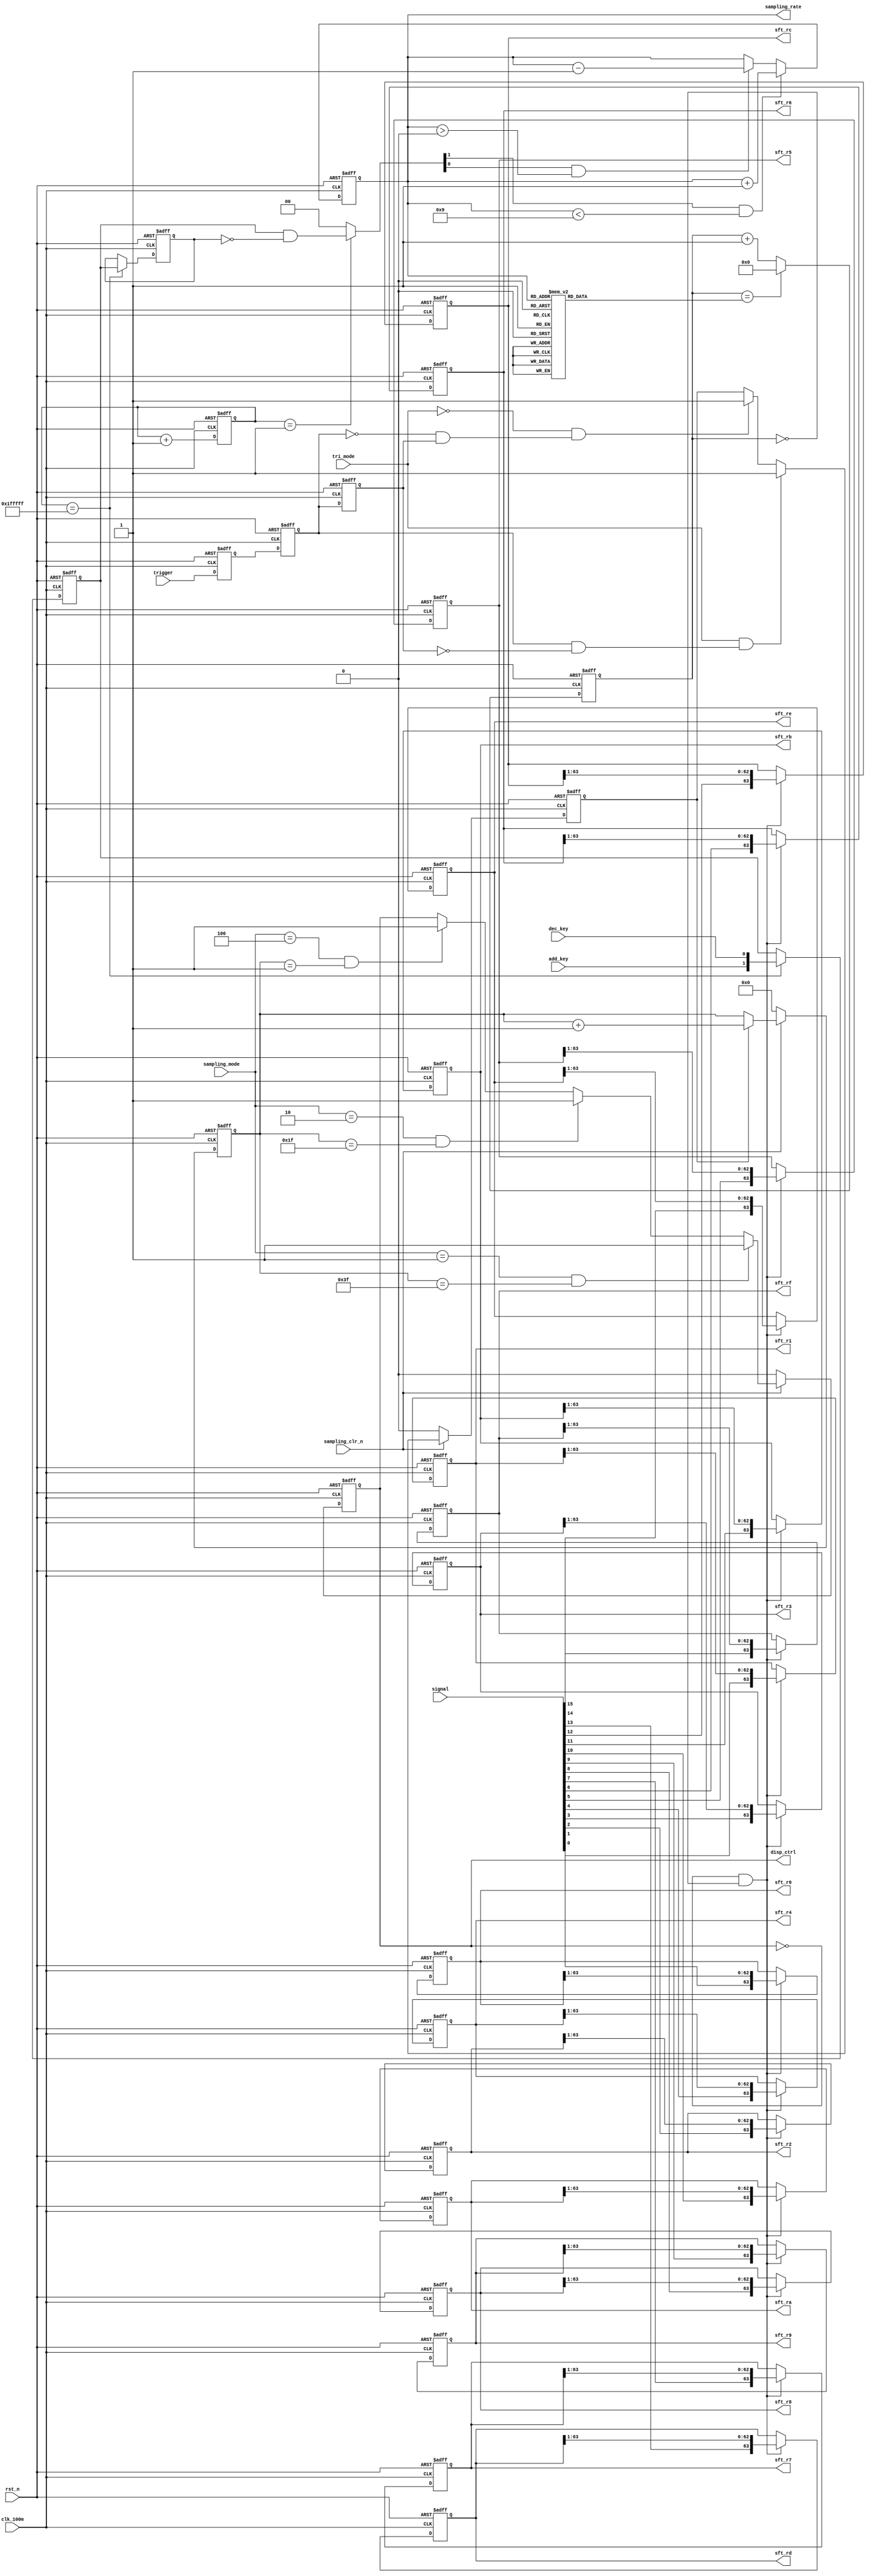
`timescale 1ns / 1ps
////////////////////////////////////////////////////////////////////////////////
// Company		: 
// Design Name	: 
// Module Name	: sampling_ctrl
// Project Name	: logic_analysis
// Target Device: Cyclone EP1C3T144C8
// Tool versions: Quartus II 8.1
// Description	: DIY
//					
// Revision		: V1.0
// Additional Comments	:  
//				
////////////////////////////////////////////////////////////////////////////////
module sampling_ctrl(
				clk_100m,rst_n,
				signal,trigger,
				tri_mode,sampling_mode,add_key,dec_key,sampling_clr_n,
				disp_ctrl,sampling_rate,
				sft_r0,sft_r1,sft_r2,sft_r3,sft_r4,sft_r5,sft_r6,sft_r7,
				sft_r8,sft_r9,sft_ra,sft_rb,sft_rc,sft_rd,sft_re,sft_rf
			);

input clk_100m;	//FPAG100MHz
input rst_n;	//

input[15:0] signal;	//16
input trigger;		//1
input tri_mode;		//1--0--
input[2:0] sampling_mode;	//,mode[0]--MODE1mode[1]--MODE2mode[2]--MODE3
input add_key;		//
input dec_key;		//
input sampling_clr_n;		//

output disp_ctrl;			//VGA
output[3:0] sampling_rate;	//0-100M1-50M9-10K
output[63:0] sft_r0;		//0,VGA
output[63:0] sft_r1;		//1,VGA
output[63:0] sft_r2;		//2,VGA
output[63:0] sft_r3;		//3,VGA
output[63:0] sft_r4;		//4,VGA
output[63:0] sft_r5;		//5,VGA
output[63:0] sft_r6;		//6,VGA
output[63:0] sft_r7;		//7,VGA
output[63:0] sft_r8;		//8,VGA
output[63:0] sft_r9;		//9,VGA
output[63:0] sft_ra;		//a,VGA
output[63:0] sft_rb;		//b,VGA
output[63:0] sft_rc;		//c,VGA
output[63:0] sft_rd;		//d,VGA
output[63:0] sft_re;		//e,VGA
output[63:0] sft_rf;		//f,VGA

wire sampling_start;			//
//wire[3:0] shiftout;		//,()

//----------------------------------------------
//
reg[20:0] delay;	//
reg[1:0] key_valuer1,key_valuer2;	//,20ms
wire[1:0] key_change;	//20mskey_change

	//20ms
always @ (posedge clk_100m or negedge rst_n)
	if(!rst_n) delay <= 21'd0;
	else delay <= delay+1'b1;	//20ms

	//20ms
always @ (posedge clk_100m or negedge rst_n)
	if(!rst_n) begin
			key_valuer1 <= 2'b11;	
			key_valuer2 <= 2'b11;
		end
	else if(delay == 21'h1fffff) begin
			key_valuer1 <= {add_key,dec_key};	//delay 20ms
			key_valuer2 <= key_valuer1;
		end

assign key_change = (delay == 21'd1) ? (key_valuer1 & (~key_valuer2)) : 2'b00;//check key_value negedge 1 clk_100m

//----------------------------------------------
//
/*	PLL_c0 = 100MHz
	 10
	100M	50M		25M		10M		2M		1M		500K	200K	100K	10K
	10ns	20ns	40ns	100ns	500ns	1us		2us		5us		10us	100us
	0		1		3		9		49		99		199		499		999		9999
	PLL_c0
*/
reg[13:0] sapdiv_cnt;	// 0-9999
reg[3:0] sampling_rate;	//0-100M1-50M9-10K
reg[13:0] sapdiv_max;	//
wire sapdiv_end;		//

	//
always @(posedge clk_100m or negedge rst_n)
	if(!rst_n) sampling_rate <= 4'd0;
	else if(key_change[1] && (sampling_rate < 4'd9)) sampling_rate <= sampling_rate+1'b1;	//9
	else if(key_change[0] && (sampling_rate > 4'd0)) sampling_rate <= sampling_rate-1'b1;	//0

	//
always @(sampling_rate)
		case(sampling_rate)
			4'd0: sapdiv_max <= 14'd0;
			4'd1: sapdiv_max <= 14'd1;
			4'd2: sapdiv_max <= 14'd3;
			4'd3: sapdiv_max <= 14'd9; 
			4'd4: sapdiv_max <= 14'd49; 
			4'd5: sapdiv_max <= 14'd99; 
			4'd6: sapdiv_max <= 14'd199; 
			4'd7: sapdiv_max <= 14'd499; 
			4'd8: sapdiv_max <= 14'd999; 
			4'd9: sapdiv_max <= 14'd9999; 
			default: sapdiv_max <= 14'd0;
			endcase
			
	//
always @(posedge clk_100m or negedge rst_n)
	if(!rst_n) sapdiv_cnt <= 14'd0;
	else if(sapdiv_cnt == sapdiv_max) sapdiv_cnt <= 14'd0;	//
	else sapdiv_cnt <= sapdiv_cnt+1'b1; 	

assign sapdiv_end = (sapdiv_cnt == 14'd0);	//

//----------------------------------------------
//64*16
reg[63:0] sft_r0;		//0
reg[63:0] sft_r1;		//1
reg[63:0] sft_r2;		//2
reg[63:0] sft_r3;		//3
reg[63:0] sft_r4;		//4
reg[63:0] sft_r5;		//5
reg[63:0] sft_r6;		//6
reg[63:0] sft_r7;		//7
reg[63:0] sft_r8;		//8
reg[63:0] sft_r9;		//9
reg[63:0] sft_ra;		//a
reg[63:0] sft_rb;		//b
reg[63:0] sft_rc;		//c
reg[63:0] sft_rd;		//d
reg[63:0] sft_re;		//e
reg[63:0] sft_rf;		//f

//signal[0]
always @(posedge clk_100m or negedge rst_n)
	if(!rst_n) sft_r0 <= 64'd0;
	else if(sampling_start) sft_r0 <= {signal[0],sft_r0[63:1]};	//
//signal[1]
always @(posedge clk_100m or negedge rst_n)
	if(!rst_n) sft_r1 <= 64'd0;
	else if(sampling_start) sft_r1 <= {signal[1],sft_r1[63:1]};	//
//signal[2]	
always @(posedge clk_100m or negedge rst_n)
	if(!rst_n) sft_r2 <= 64'd0;
	else if(sampling_start) sft_r2 <= {signal[2],sft_r2[63:1]};	//
//signal[3]
always @(posedge clk_100m or negedge rst_n)
	if(!rst_n) sft_r3 <= 64'd0;
	else if(sampling_start) sft_r3 <= {signal[3],sft_r3[63:1]};	//		
//signal[4]
always @(posedge clk_100m or negedge rst_n)
	if(!rst_n) sft_r4 <= 64'd0;
	else if(sampling_start) sft_r4 <= {signal[4],sft_r4[63:1]};	//		
//signal[5]
always @(posedge clk_100m or negedge rst_n)
	if(!rst_n) sft_r5 <= 64'd0;
	else if(sampling_start) sft_r5 <= {signal[5],sft_r5[63:1]};	//
//signal[6]
always @(posedge clk_100m or negedge rst_n)
	if(!rst_n) sft_r6 <= 64'd0;
	else if(sampling_start) sft_r6 <= {signal[6],sft_r6[63:1]};	//
//signal[7]
always @(posedge clk_100m or negedge rst_n)
	if(!rst_n) sft_r7 <= 64'd0;
	else if(sampling_start) sft_r7 <= {signal[7],sft_r7[63:1]};	//
//signal[8]
always @(posedge clk_100m or negedge rst_n)
	if(!rst_n) sft_r8 <= 64'd0;
	else if(sampling_start) sft_r8 <= {signal[8],sft_r8[63:1]};	//
//signal[9]
always @(posedge clk_100m or negedge rst_n)
	if(!rst_n) sft_r9 <= 64'd0;
	else if(sampling_start) sft_r9 <= {signal[9],sft_r9[63:1]};	//
//signal[10]
always @(posedge clk_100m or negedge rst_n)
	if(!rst_n) sft_ra <= 64'd0;
	else if(sampling_start) sft_ra <= {signal[10],sft_ra[63:1]};	//
//signal[11]
always @(posedge clk_100m or negedge rst_n)
	if(!rst_n) sft_rb <= 64'd0;
	else if(sampling_start) sft_rb <= {signal[11],sft_rb[63:1]};	//
//signal[12]
always @(posedge clk_100m or negedge rst_n)
	if(!rst_n) sft_rc <= 64'd0;
	else if(sampling_start) sft_rc <= {signal[12],sft_rc[63:1]};	//
//signal[13]
always @(posedge clk_100m or negedge rst_n)
	if(!rst_n) sft_rd <= 64'd0;
	else if(sampling_start) sft_rd <= {signal[13],sft_rd[63:1]};	//
//signal[14]
always @(posedge clk_100m or negedge rst_n)
	if(!rst_n) sft_re <= 64'd0;
	else if(sampling_start) sft_re <= {signal[14],sft_re[63:1]};	//
//signal[15]
always @(posedge clk_100m or negedge rst_n)
	if(!rst_n) sft_rf <= 64'd0;
	else if(sampling_start) sft_rf <= {signal[15],sft_rf[63:1]};	//
		
//----------------------------------------------
//trigger
reg trigger_r1,trigger_r2,trigger_r3;
wire pos_tri;	//trigger
wire neg_tri;	//trigger

always @(posedge clk_100m or negedge rst_n) 
	if(!rst_n) begin
		trigger_r1 <= 1'b0;
		trigger_r2 <= 1'b0;
		trigger_r3 <= 1'b0;
		end
	else begin
		trigger_r1 <= trigger;
		trigger_r2 <= trigger_r1;
		trigger_r3 <= trigger_r2;
		end

assign pos_tri = trigger_r2 & ~trigger_r3;
assign neg_tri = ~trigger_r2 & trigger_r3;

//----------------------------------------------
//trigger_valid
reg trigger_valid;	//,

always @(posedge clk_100m or negedge rst_n)
	if(!rst_n) trigger_valid <= 1'b0;
	else if(!sampling_clr_n) trigger_valid <= 1'b0;			//
	else if(tri_mode && pos_tri) trigger_valid <= 1'b1;		//
	else if(!tri_mode && neg_tri) trigger_valid <= 1'b1;	//
	
//----------------------------------------------
//sampling_end
//sampling_endVGA
reg sampling_end;	//
reg[5:0] cnt;		//64

always @(posedge clk_100m or negedge rst_n)
	if(!rst_n) cnt <= 6'd0;
	else if(!sampling_clr_n) cnt <= 6'd0;	////
	else if(trigger_valid) cnt <= cnt+1'b1;	//

always @(posedge clk_100m or negedge rst_n)
	if(!rst_n) sampling_end <= 1'b0;
	else if(!sampling_clr_n) sampling_end <= 1'b0;		//
	else if((sampling_mode == 3'b001) && (cnt == 6'd63)) sampling_end <= 1'b1;
	else if((sampling_mode == 3'b010) && (cnt == 6'd31)) sampling_end <= 1'b1;
	else if((sampling_mode == 3'b100) && (cnt == 6'd1)) sampling_end <= 1'b1;
		
//----------------------------------------------
//sampling_start
assign sampling_start = ~sampling_end & sapdiv_end;

//----------------------------------------------
//dis_ctrl
assign disp_ctrl = sampling_end;

endmodule